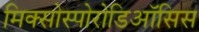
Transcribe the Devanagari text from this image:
मिक्सोस्पोरोडिऑसिस